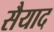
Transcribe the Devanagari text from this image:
सैयाद